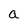
Character: a